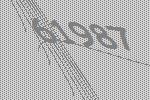
61987